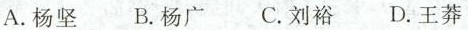
A.杨坚 B.杨广 C.刘裕 D.王莽